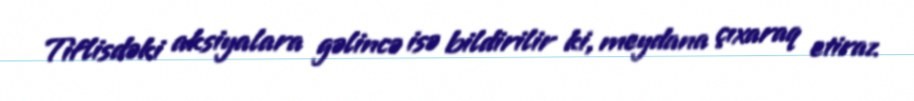
Tiflisdəki aksiyalara gəlincə isə bildirilir ki, meydana çıxaraq etiraz